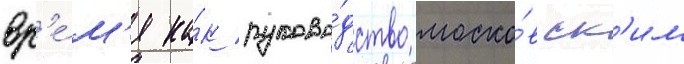
вр'е́м'я ка́к руково́дство моско́вск'им